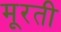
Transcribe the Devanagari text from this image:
मूरती